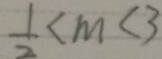
\frac { 1 } { 2 } < m < 3